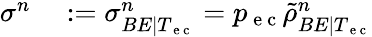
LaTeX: \begin{array}{rl}{\sigma^{n}}&{{}:=\sigma_{BE|T_{\mathrm{~e~c~}}}^{n}=p_{\mathrm{~e~c~}}\tilde{\rho}_{BE|T_{\mathrm{~e~c~}}}^{n}}\end{array}